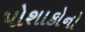
પોશાકોનો